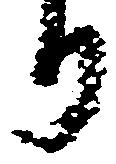
り